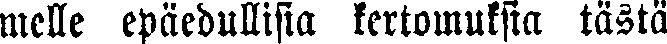
melle epäedullisia kertomuksia tästä